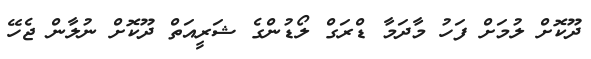
ދޫކޮށް ލުމަށް ފަހު މާދަމާ ޑްރަގް ލޯޑުންގެ ޝަރީއަތް ދޫކޮށް ނުލާން ޖެހޭ